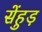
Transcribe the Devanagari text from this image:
सेंहुड़